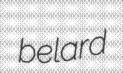
belard